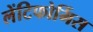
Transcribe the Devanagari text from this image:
लेंटिफोर्मिस